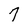
Character: 7